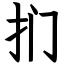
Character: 扪